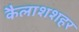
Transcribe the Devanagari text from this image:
कैलाशशहर